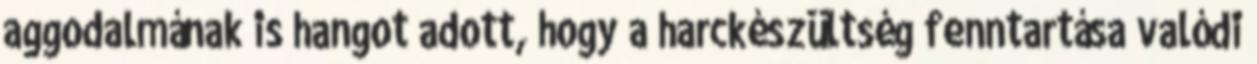
aggodalmának is hangot adott, hogy a harckészültség fenntartása valódi